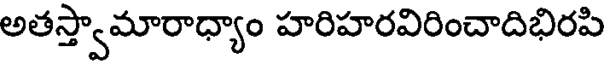
అతస్త్వామారాధ్యాం హరిహరవిరించాదిభిరపి